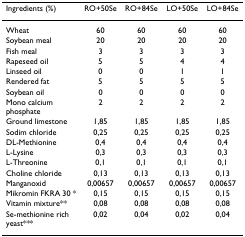
| Ingredients (%) | RO+50Se | RO+84Se | LO+50Se | LO+84Se |
 | --- | --- | --- | --- | --- |
 | Wheat | 60 | 60 | 60 | 60 |
 | Soybean meal | 20 | 20 | 20 | 20 |
 | Fish meal | 3 | 3 | 3 | 3 |
 | Rapeseed oil | 5 | 5 | 4 | 4 |
 | Linseed oil | 0 | 0 | 1 | 1 |
 | Rendered fat | 5 | 5 | 5 | 5 |
 | Soybean oil | 0 | 0 | 0 | 0 |
 | Mono calcium phosphate | 2 | 2 | 2 | 2 |
 | Ground limestone | 1,85 | 1,85 | 1,85 | 1,85 |
 | Sodim chloride | 0,25 | 0,25 | 0,25 | 0,25 |
 | DL-Methionine | 0,4 | 0,4 | 0,4 | 0,4 |
 | L-Lysine | 0,3 | 0,3 | 0,3 | 0,3 |
 | L-Threonine | 0,1 | 0,1 | 0,1 | 0,1 |
 | Choline chloride | 0,13 | 0,13 | 0,13 | 0,13 |
 | Manganoxid | 0,00657 | 0,00657 | 0,00657 | 0,00657 |
 | Mikromin FKRA 30 * | 0,15 | 0,15 | 0,15 | 0,15 |
 | Vitamin mixture** | 0,08 | 0,08 | 0,08 | 0,08 |
 | Se-methionine rich yeast*** | 0,02 | 0,04 | 0,02 | 0,04 |